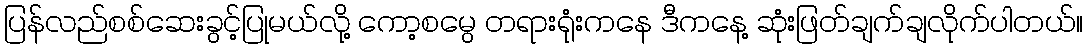
ပြန်လည်စစ်ဆေးခွင့်ပြုမယ်လို့ ကော့စမွေ တရားရုံးကနေ ဒီကနေ့ ဆုံးဖြတ်ချက်ချလိုက်ပါတယ်။